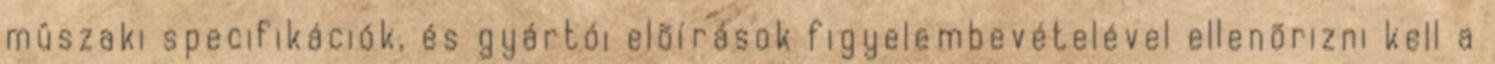
mûszaki specifikációk, és gyártói elõírások figyelembevételével ellenõrizni kell a